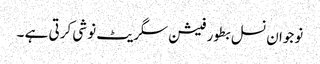
نوجوان نسل بطور فیشن سگریٹ نوشی کرتی ہے ۔